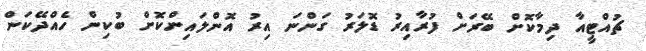
ޗުއްޓީއާ ދިމާކޮށް ބޭރަށް ފުރާއިރު ޑޮލަރު ގަންނަ އިރު އޮންލައިންކޮށް ބުކިން ހެއްދޭކަން